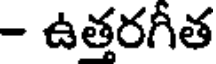
- ఉత్తరగీత